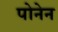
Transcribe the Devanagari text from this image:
पोनेन